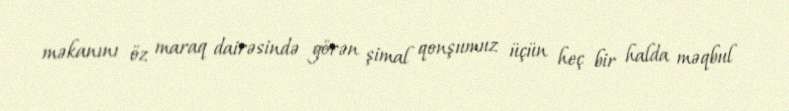
məkanını öz maraq dairəsində görən şimal qonşumuz üçün heç bir halda məqbul